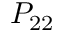
P _ { 2 2 }